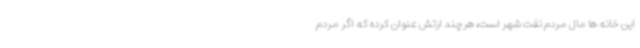
این خانه ها مال مردم نفت شهر است، هرچند ارتش عنوان کرده که اگر مردم